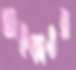
আইকাওর